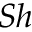
S h